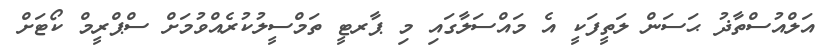
އަލްއުސްތާޛު ޙަސަން ލަތީފަކީ އެ މައްސަލާގައި މި ޕާރޓީ ތަމްސީލުކުރެއްވުމަށް ސްޕްރީމް ކޯޓަށް